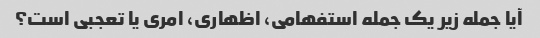
آیا جمله زیر یک جمله استفهامی، اظهاری، امری یا تعجبی است؟